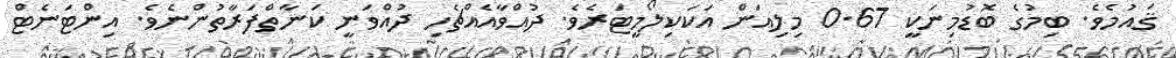
ޤައުމެވެ. ބިމުގެ ބޮޑުމިނަކީ 0.67 މިލިއަން އަކަކިލޯމީޓަރެވެ. ދުއްވާއެއްޗެހި ދުއްވަނީ ކަނާތްފަރާތުންނެވެ. އިންޓަނެޓް